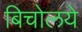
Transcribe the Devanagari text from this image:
बिचोलये